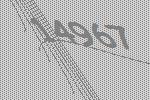
14967